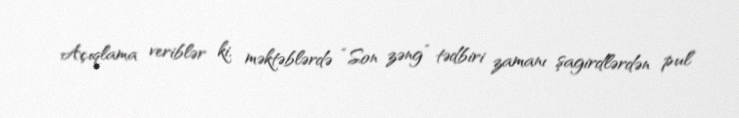
Açıqlama veriblər ki, məktəblərdə “Son zəng” tədbiri zamanı şagirdlərdən pul